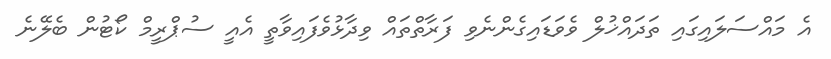
އެ މައްސަލައިގައި ތަދައްޚުލް ވެވަޑައިގެންނެވި ފަރާތްތައް ވިދާޅުވެފައިވާތީ އެއީ ސުޕްރީމް ކޯޓުން ބެލޭނެ